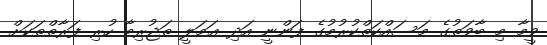
ވީމާ މި ބާވަތުގެ މަސައްކަތްކުރުމުގެ ފަންނީ އަދި ޢަމަލީ ތަޖުރިބާ ހުރި ފަރާތްތަކަށް